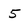
Character: 5